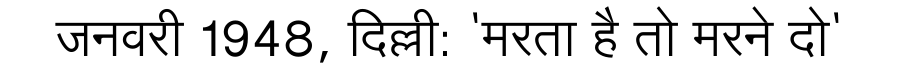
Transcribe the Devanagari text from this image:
जनवरी 1948, दिल्ली: 'मरता है तो मरने दो'